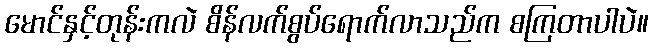
မောင်နှင့်တုန်းကလဲ စိန်လက်စွပ်ရောက်လာသည်က စကြတာပါပဲ။